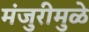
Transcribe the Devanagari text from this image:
मंजुरीमुळे